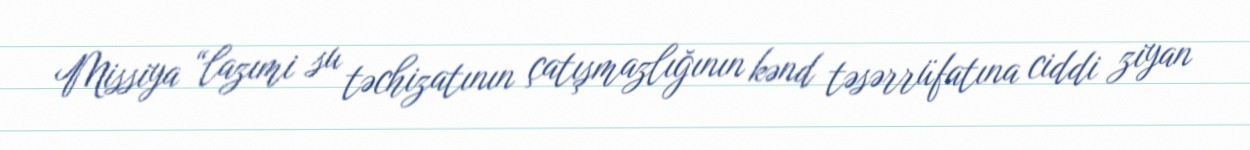
Missiya “lazımi su təchizatının çatışmazlığının kənd təsərrüfatına ciddi ziyan